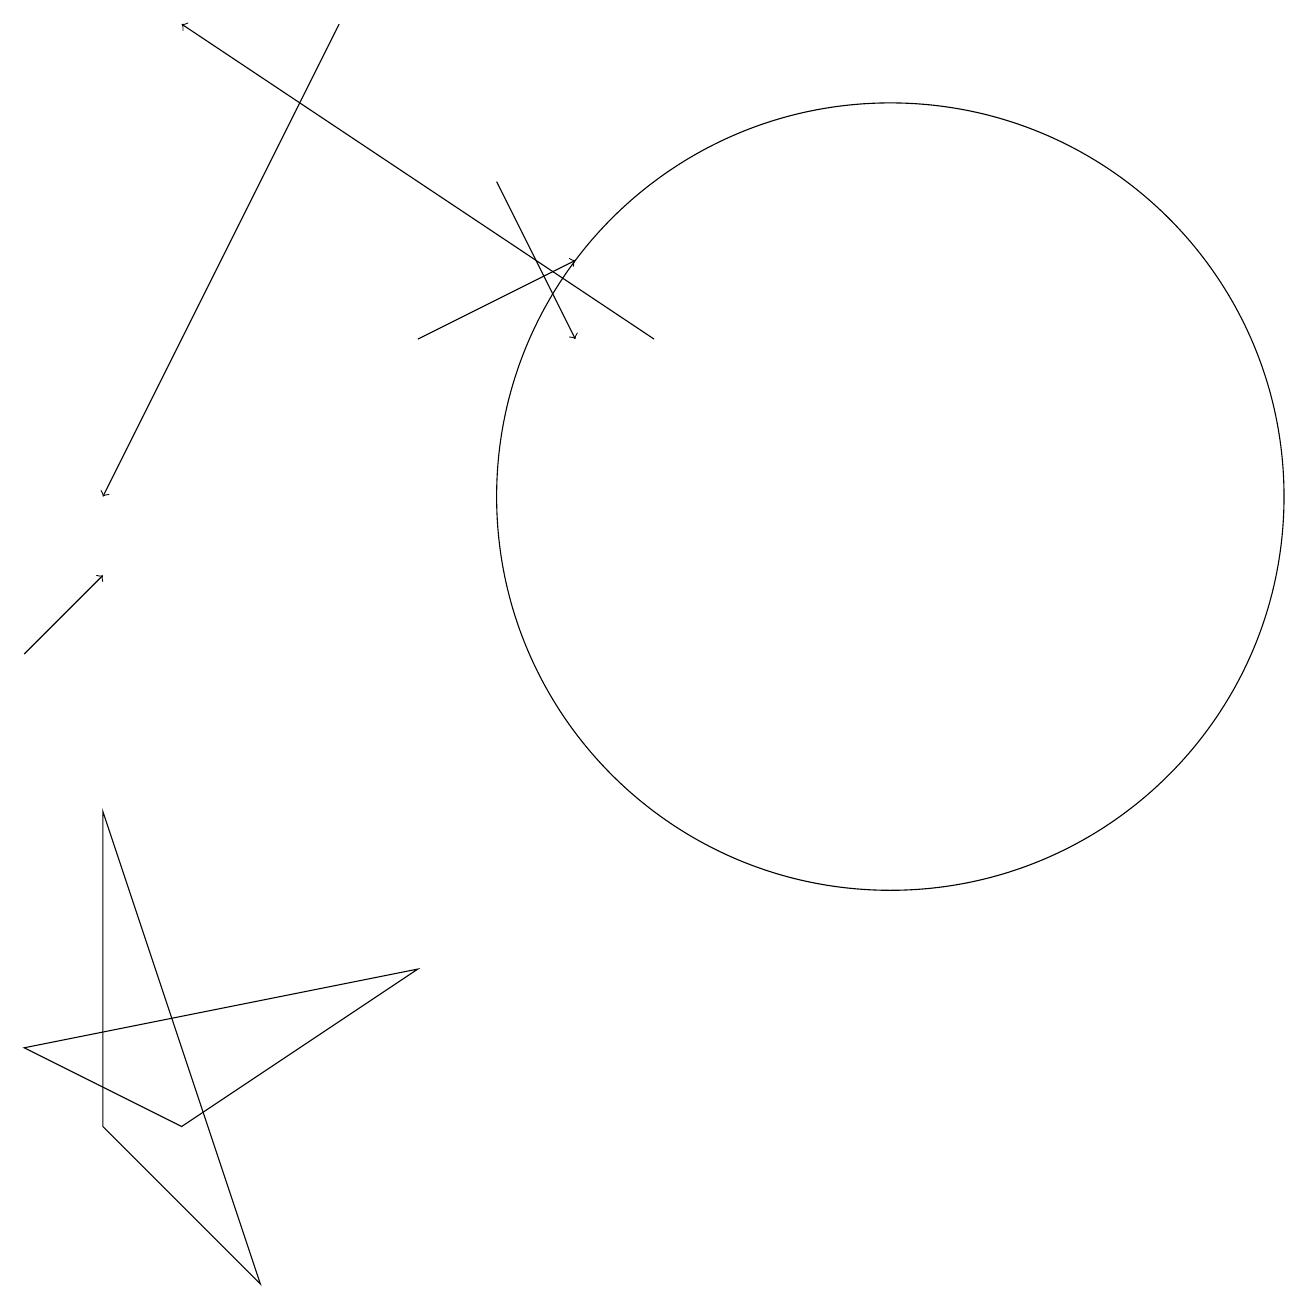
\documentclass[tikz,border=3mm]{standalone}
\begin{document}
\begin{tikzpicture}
\draw[->] (4,18) -- (1,12);
\draw[->] (6,16) -- (7,14);
\draw (11,12) circle (5);
\draw[->] (5,14) -- (7,15);
\draw[->] (8,14) -- (2,18);
\draw (1,8) -- (1,4) -- (3,2) -- cycle;
\draw (2,4) -- (5,6) -- (0,5) -- cycle;
\draw[->] (0,10) -- (1,11);
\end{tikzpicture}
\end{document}